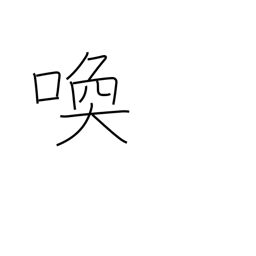
Meaning: scream